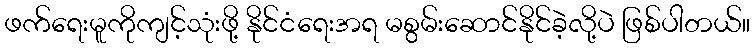
ဖက်ရေးမူကိုကျင့်သုံးဖို့ နိုင်ငံရေးအရ မစွမ်းဆောင်နိုင်ခဲ့လို့ပဲ ဖြစ်ပါတယ်။